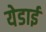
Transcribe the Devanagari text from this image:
येडाई